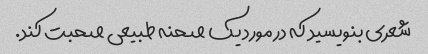
شعری بنویسید که در مورد یک صحنه طبیعی صحبت کند.